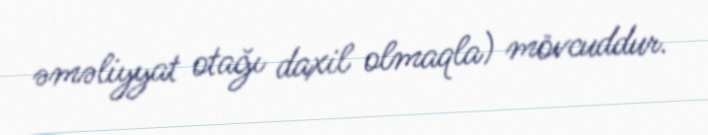
əməliyyat otağı daxil olmaqla) mövcuddur.